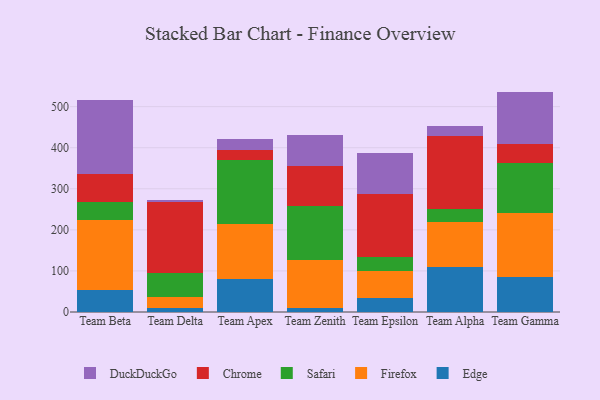
{"axis": {"x": "Team", "y": "Churn Rate (%)"}, "legend": ["Chrome", "DuckDuckGo", "Edge", "Firefox", "Safari"], "data": [{"x": "Team Beta", "y": 54.7, "type": "Edge"}, {"x": "Team Beta", "y": 168.4, "type": "Firefox"}, {"x": "Team Beta", "y": 44.1, "type": "Safari"}, {"x": "Team Beta", "y": 68.9, "type": "Chrome"}, {"x": "Team Beta", "y": 179.6, "type": "DuckDuckGo"}, {"x": "Team Delta", "y": 8.7, "type": "Edge"}, {"x": "Team Delta", "y": 28.8, "type": "Firefox"}, {"x": "Team Delta", "y": 57.5, "type": "Safari"}, {"x": "Team Delta", "y": 172.0, "type": "Chrome"}, {"x": "Team Delta", "y": 5.1, "type": "DuckDuckGo"}, {"x": "Team Apex", "y": 79.2, "type": "Edge"}, {"x": "Team Apex", "y": 134.1, "type": "Firefox"}, {"x": "Team Apex", "y": 157.0, "type": "Safari"}, {"x": "Team Apex", "y": 23.4, "type": "Chrome"}, {"x": "Team Apex", "y": 28.2, "type": "DuckDuckGo"}, {"x": "Team Zenith", "y": 10.7, "type": "Edge"}, {"x": "Team Zenith", "y": 115.1, "type": "Firefox"}, {"x": "Team Zenith", "y": 132.3, "type": "Safari"}, {"x": "Team Zenith", "y": 97.1, "type": "Chrome"}, {"x": "Team Zenith", "y": 76.0, "type": "DuckDuckGo"}, {"x": "Team Epsilon", "y": 35.2, "type": "Edge"}, {"x": "Team Epsilon", "y": 65.5, "type": "Firefox"}, {"x": "Team Epsilon", "y": 33.5, "type": "Safari"}, {"x": "Team Epsilon", "y": 153.1, "type": "Chrome"}, {"x": "Team Epsilon", "y": 99.9, "type": "DuckDuckGo"}, {"x": "Team Alpha", "y": 109.0, "type": "Edge"}, {"x": "Team Alpha", "y": 111.0, "type": "Firefox"}, {"x": "Team Alpha", "y": 31.8, "type": "Safari"}, {"x": "Team Alpha", "y": 177.2, "type": "Chrome"}, {"x": "Team Alpha", "y": 24.9, "type": "DuckDuckGo"}, {"x": "Team Gamma", "y": 84.9, "type": "Edge"}, {"x": "Team Gamma", "y": 156.2, "type": "Firefox"}, {"x": "Team Gamma", "y": 121.1, "type": "Safari"}, {"x": "Team Gamma", "y": 45.9, "type": "Chrome"}, {"x": "Team Gamma", "y": 128.5, "type": "DuckDuckGo"}]}